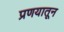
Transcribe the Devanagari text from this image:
प्रणयातून